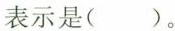
表示是()。